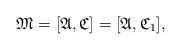
LaTeX: \begin{align*}\mathfrak{M} = [\mathfrak{A}, \mathfrak{C}] = [\mathfrak{A}, \mathfrak{C}_{1}],\end{align*}